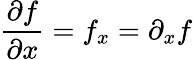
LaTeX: {\frac{\partial f}{\partial x}}=f_{x}=\partial_{x}f